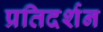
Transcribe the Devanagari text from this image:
प्रतिदर्शन